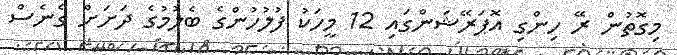
މިގޮތުން ރޭ ހިންގި އޮޕަރޭޝަންގައި 12 މީހަކު ފުލުހުންގެ ބެލުމުގެ ދަށަށް ގެނެސް